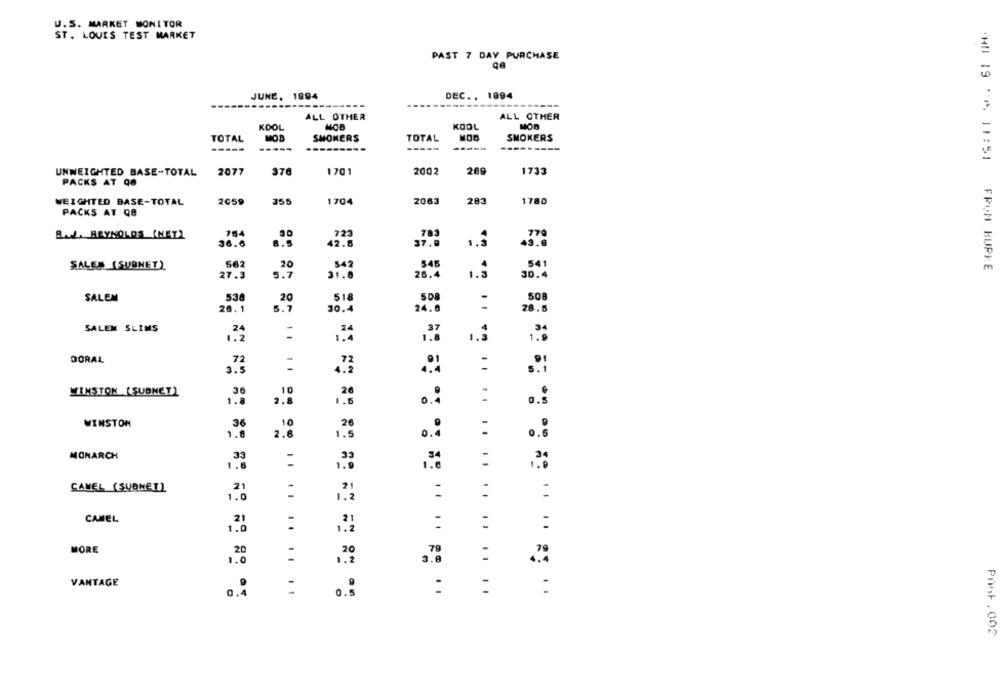
U.S. MARKET MONITOR
ST. LOUIS TEST MARKET
PAST 7 DAY PURCHASE
JUNE, 1994
DEC .. 1994
----
---
ALL OTHER
ALL OTHER
MOR
KOOL
KOOL
TOTAL
MOB
SMOMERS
TOTAL
SMOKERS
--
----
---
'HN 19 ** 11:51
UNWEIGHTED BASE-TOTAL 2077
376
1701
2002
269
1733
PACKS AT 90
WEIGHTED BASE-TOTAL
2059
355
1704
2063
283
1780
PACKS AT QO
30
723
783
779
Bud, REYNOLDS (NET)
36.6
B.5
1.5
43.9
42.8
37.0
20
542
545
541
SALEM (SUBNET )
662
FROH BUPIE
27.3
5.7
31.8
26.4
1.5
30.4
538
20
518
SD8
508
SALEM
26.1
5.7
30.4
24.0
28.5
SALEM SLIMS
-
1.2
DORAL
72
3.€
WINSTON ( SUBNET)
36
1.8
2.
.. 5
0.4
WINSTON
36
10
26
1.8
2.6
1.5
..:
......
MONARCH
33
1.6
1.6
CAMEL (SUBNET)
-
CAMEL
21
1.0
:
MORE
20
1.2
VANTAGE
:
0.3
...... ..
PAht . 002